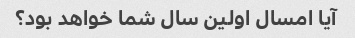
آیا امسال اولین سال شما خواهد بود؟